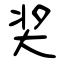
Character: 奖